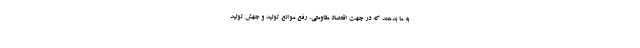
به ما بدهند که در جهت اقتصاد مقاومتی، رفع موانع تولید و جهش تولید